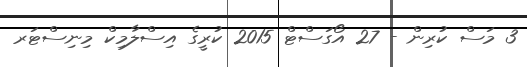
3 މަސް ކުރިން - 27 އޯގަސްޓް 2015 ކުރީގެ އިސްލާމިކް މިނިސްޓަރ